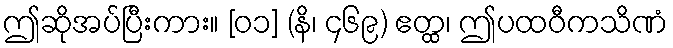
ဤဆိုအပ်ပြီးကား။ [၀၁] (နိ၊ ၄၆၉) ဧတ္ထ၊ ဤပထဝီကသိဏံ